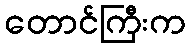
တောင်ကြီးက